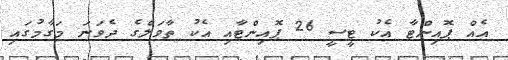
އެއް ޕޮއިންޓާ އެކު ޓީސީ 26 ޕޮއިންޓާއި އެކު ތާވަލްގެ ދެވަނަ މަގާމުގައި